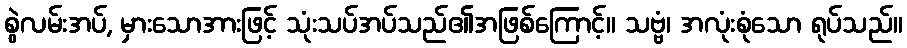
စွဲလမ်းအပ်, မှားသောအားဖြင့် သုံးသပ်အပ်သည်၏အဖြစ်ကြောင့်။ သဗ္ဗံ၊ အလုံးစုံသော ရုပ်သည်။